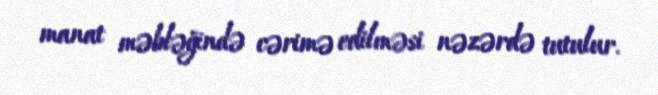
manat məbləğində cərimə edilməsi nəzərdə tutulur.